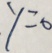
y = 0